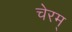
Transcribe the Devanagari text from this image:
चेरम्